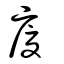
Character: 廈